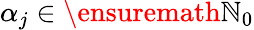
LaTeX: \alpha_{j}\in\ensuremath{\mathbb{N}}_{0}